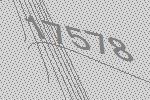
17578